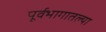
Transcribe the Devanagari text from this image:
पूर्वभागातल्या